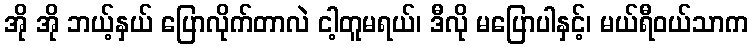
အို အို ဘယ့်နှယ် ပြောလိုက်တာလဲ ငါ့တူမရယ်၊ ဒီလို မပြောပါနှင့်၊ မယ်ရီဝယ်သာက